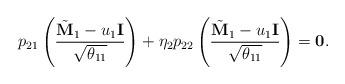
LaTeX: \begin{align*} p_{21} \left( \frac{\tilde{\bf M}_1 - u_1 {\bf I}}{\sqrt{\theta_{11}}}\right) + \eta_2 p_{22} \left( \frac{\tilde{\bf M}_1 - u_1 {\bf I}}{\sqrt{\theta_{11}}}\right) = {\bf 0}.\end{align*}